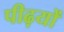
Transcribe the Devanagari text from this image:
पीढ़यों